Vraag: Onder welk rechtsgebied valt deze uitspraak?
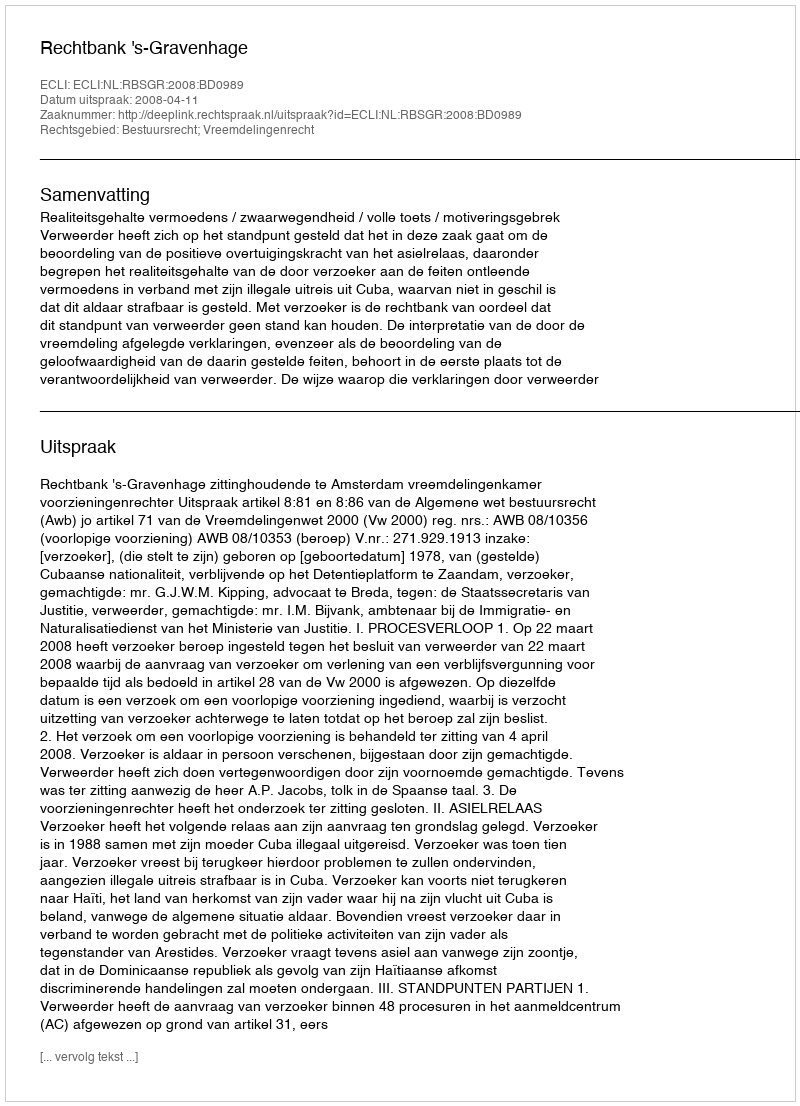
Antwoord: Bestuursrecht; Vreemdelingenrecht